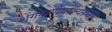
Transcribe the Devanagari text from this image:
शेंगदाणेवाल्याची